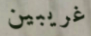
غريبين